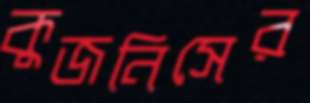
কুজনিসের